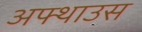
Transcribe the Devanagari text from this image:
अफ्थाउस